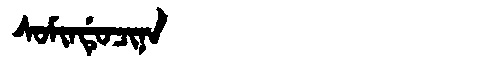
Manchu: ᠰᠣᠮᡳᠨᡩᡠᠴᡳᠨᠠ
Romanization: SOMINDUCINA